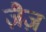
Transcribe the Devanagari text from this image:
ज़ैज़